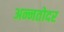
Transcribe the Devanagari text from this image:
अन्नतोदर